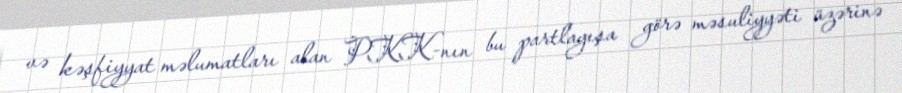
və kəşfiyyat məlumatları alan PKK-nın bu partlayışa görə məsuliyyəti üzərinə